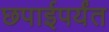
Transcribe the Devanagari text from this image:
छपाईपर्यंत